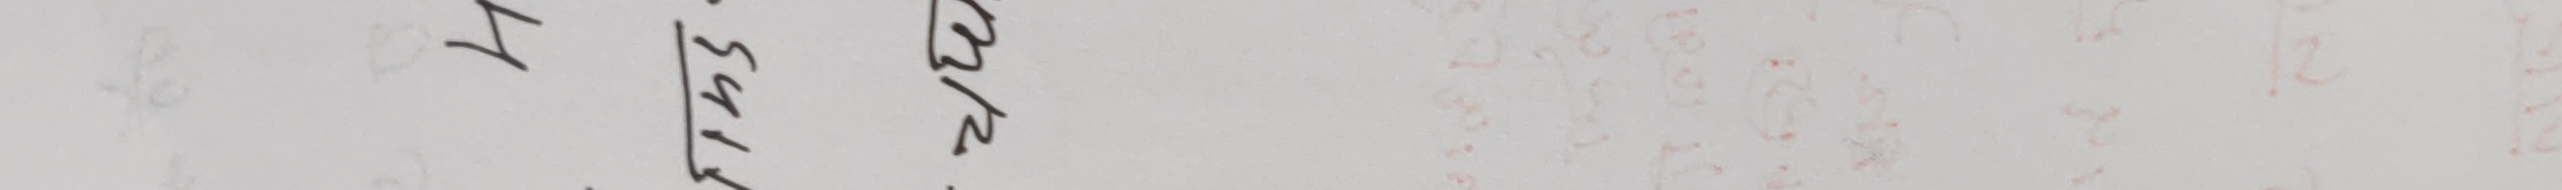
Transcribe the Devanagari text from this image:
तर